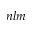
n l m